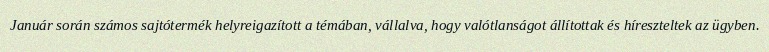
Január során számos sajtótermék helyreigazított a témában, vállalva, hogy valótlanságot állítottak és híreszteltek az ügyben.